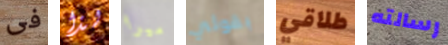
فى لذا ميرا بقولي طلاقي رسالته